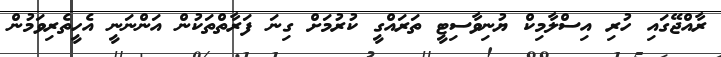
ރާއްޖޭގައި ހުރި އިސްލާމިކް ޔުނިވާސިޓީ ތަރައްގީ ކުރުމަށް ގިނަ ފަރާތްތަކުން އަންނަނީ އެހީތެރިވަމުން